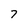
Character: 7